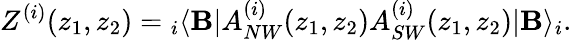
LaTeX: Z^{(i)}(z_{1},z_{2})={}_{i}\langle\mathbf{B}|A_{NW}^{(i)}(z_{1},z_{2})A_{SW}^{(i)}(z_{1},z_{2})|\mathbf{B}\rangle_{i}.